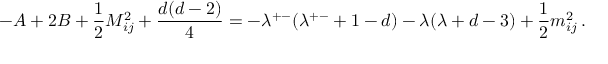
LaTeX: - A + 2 B + \frac { 1 } { 2 } M _ { i j } ^ { 2 } + \frac { d ( d - 2 ) } { 4 } = - \lambda ^ { + - } ( \lambda ^ { + - } + 1 - d ) - \lambda ( \lambda + d - 3 ) + \frac { 1 } { 2 } m _ { i j } ^ { 2 } \, .